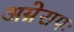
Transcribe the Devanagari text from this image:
अग्नेरापः